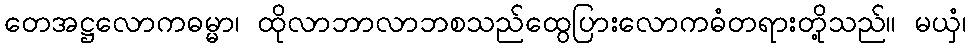
တေအဋ္ဌလောကဓမ္မာ၊ ထိုလာဘာလာဘစသည်ထွေပြားလောကဓံတရားတို့သည်။ မယှံ၊